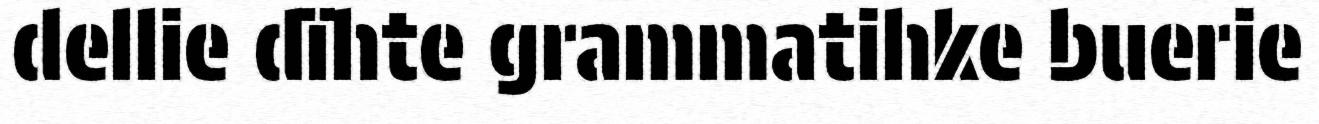
dellie dïhte grammatihke buerie